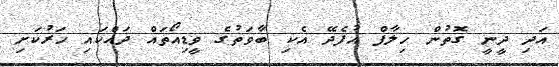
އަދި ދީނީ ގޮތުން ހިލާފް އުފެދޭ އެކި ބާވަތުގެ ވީޑިއޯތައް ދައްކައި ހަރުކަށި